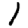
Digit: 1